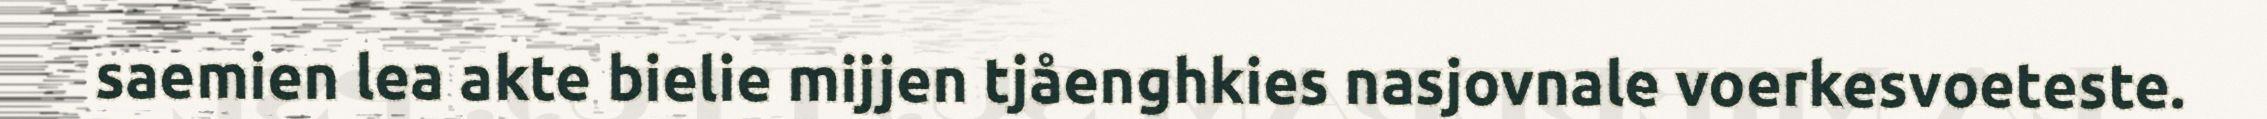
saemien lea akte bielie mijjen tjåenghkies nasjovnale voerkesvoeteste.